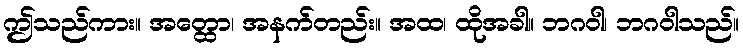
ဤသည်ကား။ အတ္ထော၊ အနက်တည်း။ အထ၊ ထိုအခါ။ ဘဂဝါ၊ ဘဂဝါသည်။